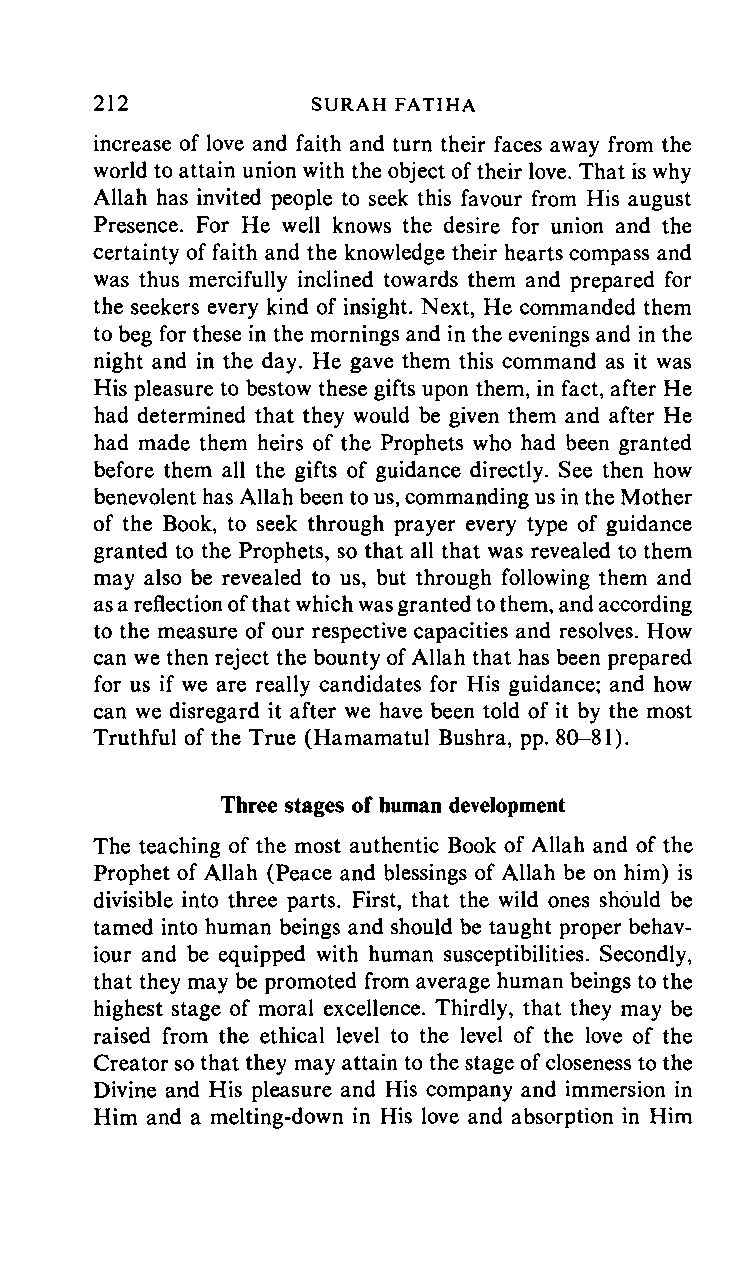
212     SURAH      FATIHA
 increase of love and faith and turn their faces away from the
 world to attain union with the object of their love. That is why
 Allah has invited people to seek this favour from His august
 Presence. For He well knows the desire for union and the
 certainty of faith and the knowledge their hearts compass and
 was thus mercifully inclined towards them and prepared for
 the seekers every kind of insight. Next, He commanded them
 to beg for these in the mornings and in the evenings and in the
 night and in the day. He gave them this command as it was
 His pleasure to bestow these gifts upon them, in fact, after He
 had determined that they would be given them and after He
 had made them heirs of the Prophets who had been granted
 before them all the gifts of guidance directly. See then how
 benevolent has Allah been to us, commanding us in the Mother
 of the Book, to seek through prayer every type of guidance
 granted to the Prophets, so that all that was revealed to them
 may also be revealed to us, but through following them and
 as a reflection of that which was granted to them, and according
 to the measure of our respective capacities and resolves. How
 can we then reject the bounty of Allah that has been prepared
 for us if we are really candidates for His guidance; and how
 can we disregard it after we have been told of it by the most
 Truthful of the True (Hamamatul Bushra, pp. 80-81).
 Three stages of human development
 The teaching of the most authentic Book of Allah and of the
 Prophet of Allah (Peace and blessings of Allah be on him) is
 divisible into three parts. First, that the wild ones should be
 tamed into human beings and should be taught proper behav
 iour and be equipped with human susceptibilities. Secondly,
 that they may be promoted from average human beings to the
 highest stage of moral excellence. Thirdly, that they may be
 raised from the ethical level to the level of the love of the
 Creator so that they may attain to the stage of closeness to the
 Divine and His pleasure and His company and immersion in
 Him and a melting-down in His love and absorption in Him